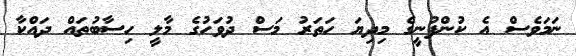
ނަމަވެސް އެ ކުންފުނީގެ މިިދިޔަ ހަތަރު މަސް ދުވަހުގެ މާލީ ހިސާބުތައް ދައްކާ